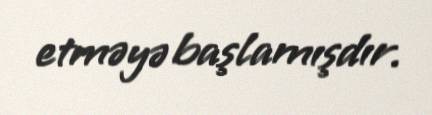
etməyə başlamışdır.